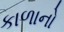
કાળાનો